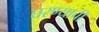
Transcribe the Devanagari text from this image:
घरण्याची